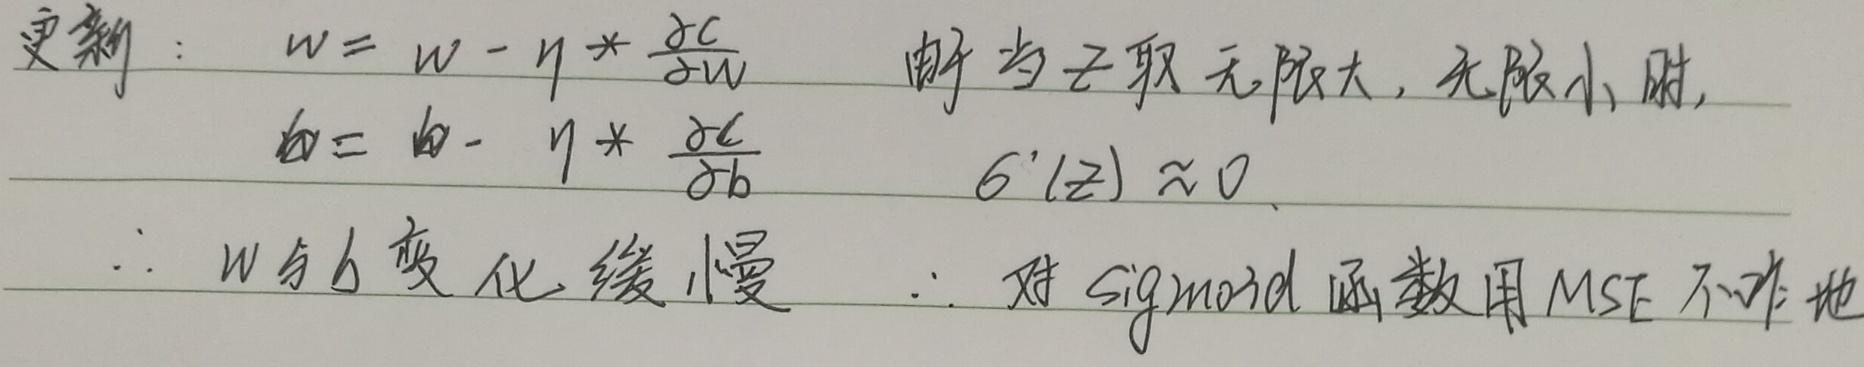
更新：
\[
\begin{align*}
w&=w - \eta * \frac{\partial c}{\partial w}\\
b&=b - \eta * \frac{\partial c}{\partial b}
\end{align*}
\]
由于当 \(z\) 取无限大，无限小时，
\[
\sigma'(z)\approx 0
\]
\(\therefore w\) 与 \(b\) 变化缓慢  \(\therefore\) 对 \(sigmoid\) 函数用 \(MSE\) 不非地